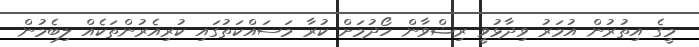
މީގެ އިތުރުން އުމަރު ވިދާޅުވީ ރިޟްވާން ހޯދުމަށް ކުރާ މަސައްކަތުގައި ކުރިއެރުންތަކެއް ލިބެމުން